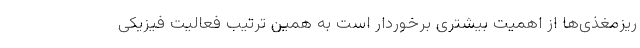
ریزمغذی‌ها از اهمیت بیشتری برخوردار است به همین ترتیب فعالیت فیزیکی